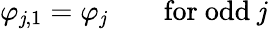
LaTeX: \varphi_{\mathit{j},1}=\varphi_{\mathit{j}}\qquad\mathrm{{for~odd~\mathit{j}~}}